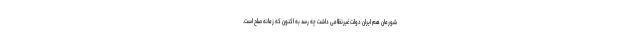
شورمان هم ایران دولت غیرنظامی داشت چه رسد به اکنون که زمانه صلح است.